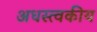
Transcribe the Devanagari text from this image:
अधस्त्वकीय